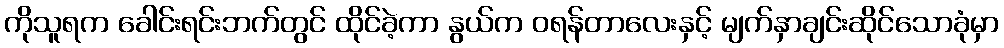
ကိုသူရက ခေါင်းရင်းဘက်တွင် ထိုင်ခဲ့ကာ နွယ်က ဝရန်တာလေးနှင့် မျက်နှာချင်းဆိုင်သောခုံမှာ